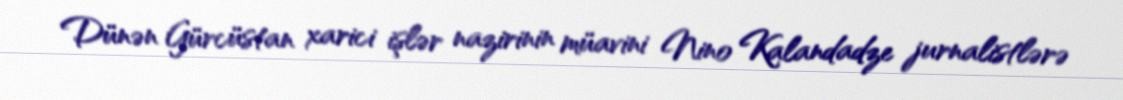
Dünən Gürcüstan xarici işlər nazirinin müavini Nino Kalandadze jurnalistlərə